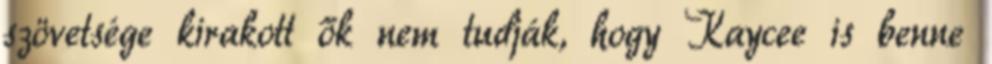
szövetsége kirakott ők nem tudják, hogy Kaycee is benne